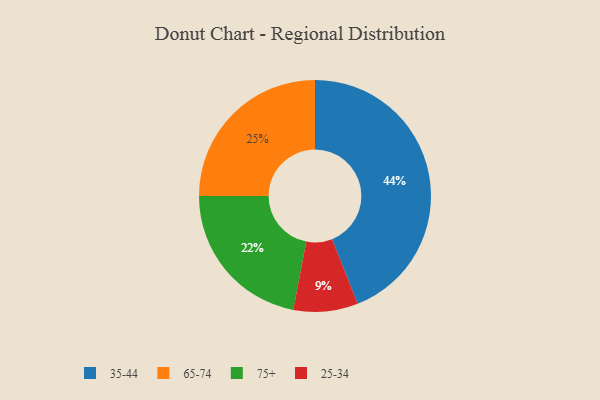
{"axis": {"x": "Category", "y": "Percentage"}, "legend": ["25-34", "35-44", "65-74", "75+"], "data": [{"x": "65-74", "y": 25, "type": "65-74"}, {"x": "35-44", "y": 44, "type": "35-44"}, {"x": "75+", "y": 22, "type": "75+"}, {"x": "25-34", "y": 9, "type": "25-34"}]}